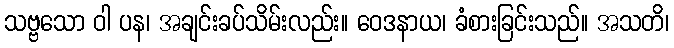
သဗ္ဗသော ဝါ ပန၊ အချင်းခပ်သိမ်းလည်း။ ဝေဒနာယ၊ ခံစားခြင်းသည်။ အသတိ၊